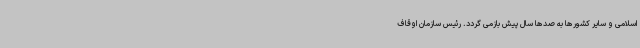
اسلامی و سایر کشورها به صدها سال پیش بازمی گردد. رئیس سازمان اوقاف